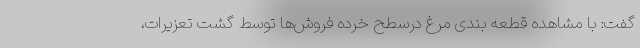
گفت: با مشاهده قطعه بندی مرغ درسطح خرده فروش‌ها توسط گشت تعزیرات،